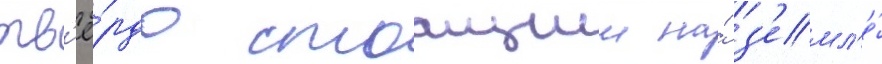
тв'ё́рдо стоащии на́ з'емл'е́